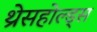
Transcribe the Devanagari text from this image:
थ्रेसहोल्ड्स